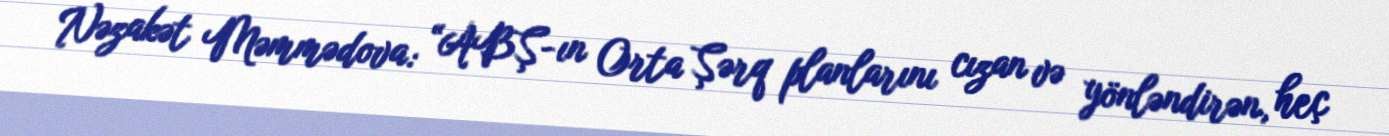
Nəzakət Məmmədova: “ABŞ-ın Orta Şərq planlarını cızan və yönləndirən, heç